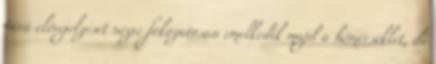
távú előrejelzését nézve fokozatosan emelkedik majd a hőmérséklet, de